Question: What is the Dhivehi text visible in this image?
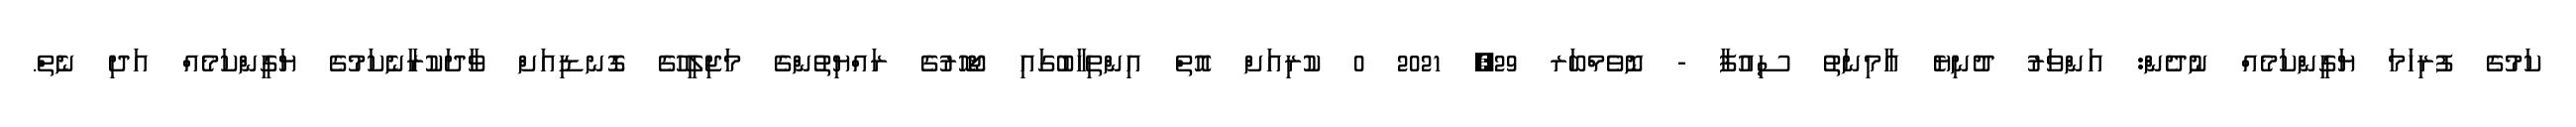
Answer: ކަމުގެ ފުރިހަމަ ޔަގީންކަމެއް ނުދެން: އަންވަރު ދުނިޔެ އާމިނަތު ސިއުފާ - ނޮވެމްބަރ 29, 2021 0 ކުރިއަށް އޮތް އިންތިހާބުގައި ޖޯހޮރުގެ ރައްޔިތުންގެ މަޖިލީހުގެ ގޮނޑިއަށް ވާދަކުރާނެކަމުގެ ޔަގީންކަމެއް އަދި ނެތް.